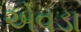
એવડા